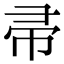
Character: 帚